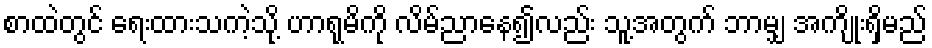
စာထဲတွင် ရေးထားသကဲ့သို့ ဟာရုမိကို လိမ်ညာနေ၍လည်း သူ့အတွက် ဘာမျှ အကျိုးရှိမည်